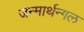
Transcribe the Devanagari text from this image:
जन्मार्थन्गल